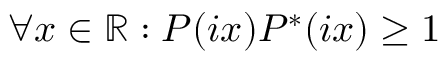
\forall x \in \mathbb { R } : P ( i x ) P ^ { * } ( i x ) \geq 1